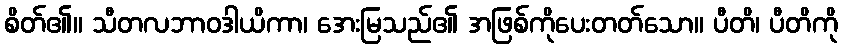
စိတ်၏။ သီတလဘာဝဒါယိကာ၊ အေးမြသည်၏ အဖြစ်ကိုပေးတတ်သော။ ပီတိ၊ ပီတိကို